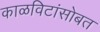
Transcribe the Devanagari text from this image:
काळविटांसोबत